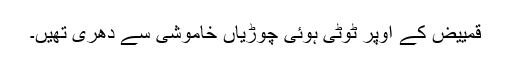
قمییض کے اوپر ٹوٹی ہوئی چوڑیاں خاموشی سے دھری تھیں۔